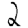
Digit: 2